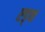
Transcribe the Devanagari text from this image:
एड्थ